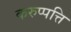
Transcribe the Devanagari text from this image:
करुप्पत्ति